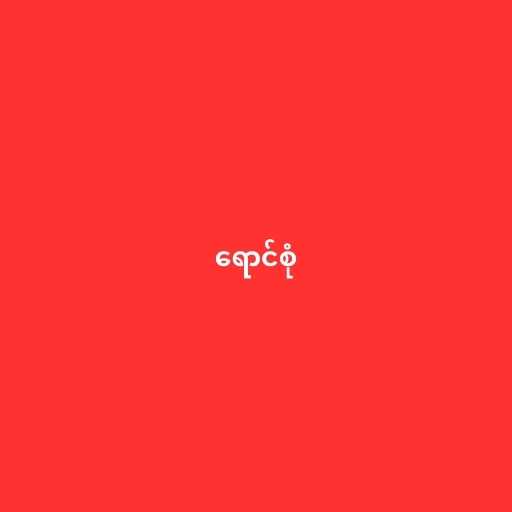
ရောင်စုံ